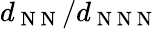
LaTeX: d_{\mathrm{~N~N~}}/d_{\mathrm{~N~N~N~}}